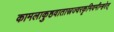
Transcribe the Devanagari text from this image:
कामलाकुष्ठवातास्रज्वरकृमिवमीन्हरेत्